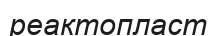
реактопласт